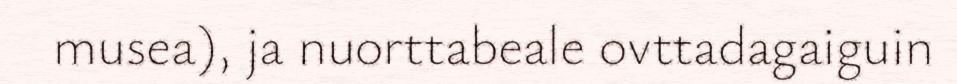
musea), ja nuorttabeale ovttadagaiguin